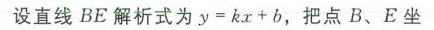
设直线\(BE\)解析式为\(y = kx + b\)，把点\(B、E\)坐